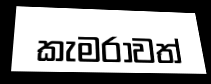
කැමරාවත්